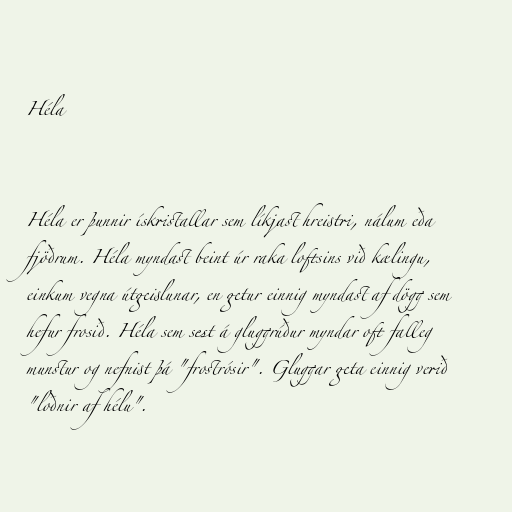
Héla

Héla er þunnir ískristallar sem líkjast hreistri, nálum eða
fjöðrum. Héla myndast beint úr raka loftsins við kælingu,
einkum vegna útgeislunar, en getur einnig myndast af dögg sem
hefur frosið. Héla sem sest á gluggrúður myndar oft falleg
munstur og nefnist þá "frostrósir". Gluggar geta einnig verið
"loðnir af hélu".